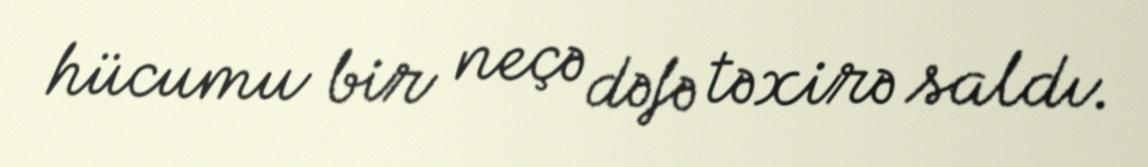
hücumu bir neçə dəfə təxirə saldı.